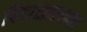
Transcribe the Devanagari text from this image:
पिठांसारख्या